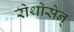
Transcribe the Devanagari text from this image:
रोथोसेन्